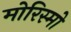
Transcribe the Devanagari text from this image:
मोरिस्मो